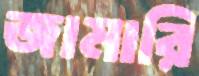
জামারি